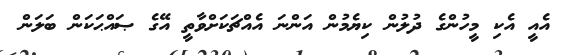
އެއީ އެކި މީހުންގެ ދުލުން ކިޔެމުން އަންނަ އެއްޗަކަށްވާތީ އޭގެ ޞައްޙަކަން ބަލަން